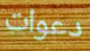
دعوات